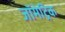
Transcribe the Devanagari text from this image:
जॉमेट्रिक